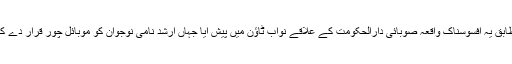
بیورو چیف کے مطابق یہ افسوسناک واقعہ صوبائی دارالحکومت کے علاقے نواب ٹاؤن میں پیش آیا جہاں ارشد نامی نوجوان کو موبائل چور قرار دے کر اسے جلا دیا گیا۔